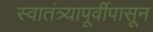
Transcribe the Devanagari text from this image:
स्वातंत्र्यापूर्वीपासून